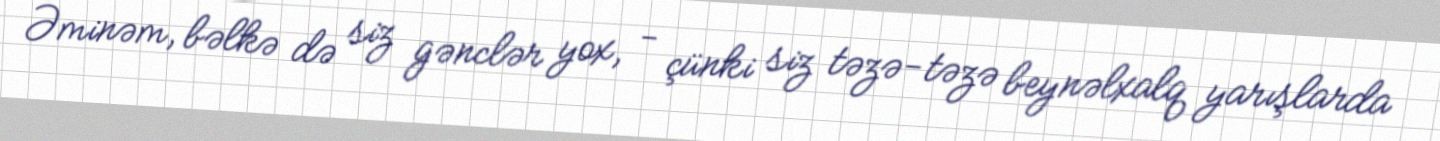
Əminəm, bəlkə də siz gənclər yox, - çünki siz təzə-təzə beynəlxalq yarışlarda